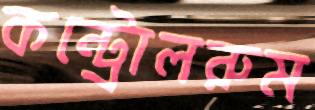
কন্ট্রোলরুম